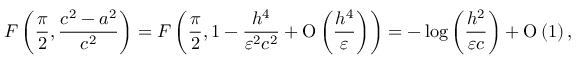
F \left( \frac { \pi } { 2 } , \frac { c ^ { 2 } - a ^ { 2 } } { c ^ { 2 } } \right) = F \left( \frac { \pi } { 2 } , 1 - \frac { h ^ { 4 } } { \varepsilon ^ { 2 } c ^ { 2 } } + \ensuremath { \operatorname { O } \left( \frac { h ^ { 4 } } { \varepsilon } \right) } \right) = - \log { \left( \frac { h ^ { 2 } } { \varepsilon c } \right) } + \ensuremath { \operatorname { O } \left( 1 \right) } ,